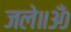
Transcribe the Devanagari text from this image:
जले॥ॐ